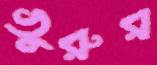
ভুরুর